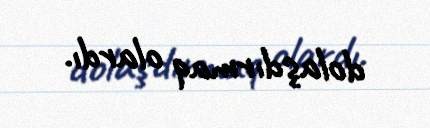
dolaşdırmaq olardı.